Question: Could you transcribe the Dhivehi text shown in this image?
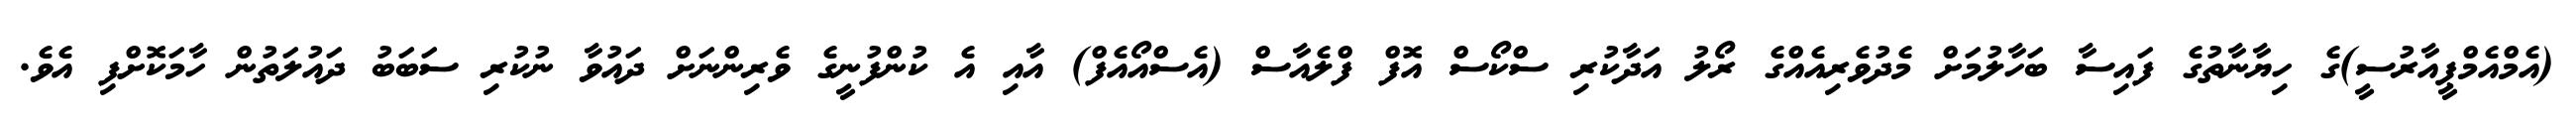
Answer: (އެމްއެމްޕީއާރުސީ)ގެ ހިޔާނާތުގެ ފައިސާ ބަހާލުމަށް މެދުވެރިއެއްގެ ރޯލު އަދާކުރި ސްކޯސް އޮފް ފްލެއާސް (އެސްއޯއެފް) އާއި އެ ކުންފުނީގެ ވެރިންނަށް ދައުވާ ނުކުރި ސަބަބު ދައުލަތުން ހާމަކޮށްފި އެވެ.